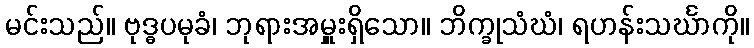
မင်းသည်။ ဗုဒ္ဓပမုခံ၊ ဘုရားအမှူးရှိသော။ ဘိက္ခုသံဃံ၊ ရဟန်းသင်္ဃာကို။